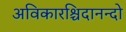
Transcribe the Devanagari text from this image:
अविकारश्चिदानन्दो